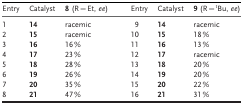
| Entry | Catalyst | 8 (R=Et, ee) |  | Entry | Catalyst | 9 (R=tBu, ee) |
 | --- | --- | --- | --- | --- | --- | --- |
 | 1 | 14 | racemic |  | 9 | 14 | racemic |
 | 2 | 15 | racemic |  | 10 | 15 | 18 % |
 | 3 | 16 | 16 % |  | 11 | 16 | 13 % |
 | 4 | 17 | 23 % |  | 12 | 17 | racemic |
 | 5 | 18 | 28 % |  | 13 | 18 | 20 % |
 | 6 | 19 | 26 % |  | 14 | 19 | 20 % |
 | 7 | 20 | 35 % |  | 15 | 20 | 22 % |
 | 8 | 21 | 47 % |  | 16 | 21 | 31 % |